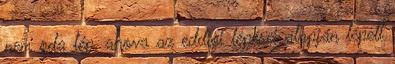
nem oda lép, ahova az eddigi lépései alapján lépett